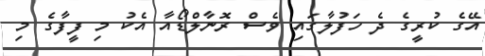
އޭގެ ކުރީގެ ދެ ހަފުލާގައި ވެސް ރޮނާލްޑޯއާ އެކު މި ފީފާގެ މި